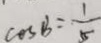
\cos B = \frac { 1 } { 5 5 }